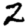
Digit: 2